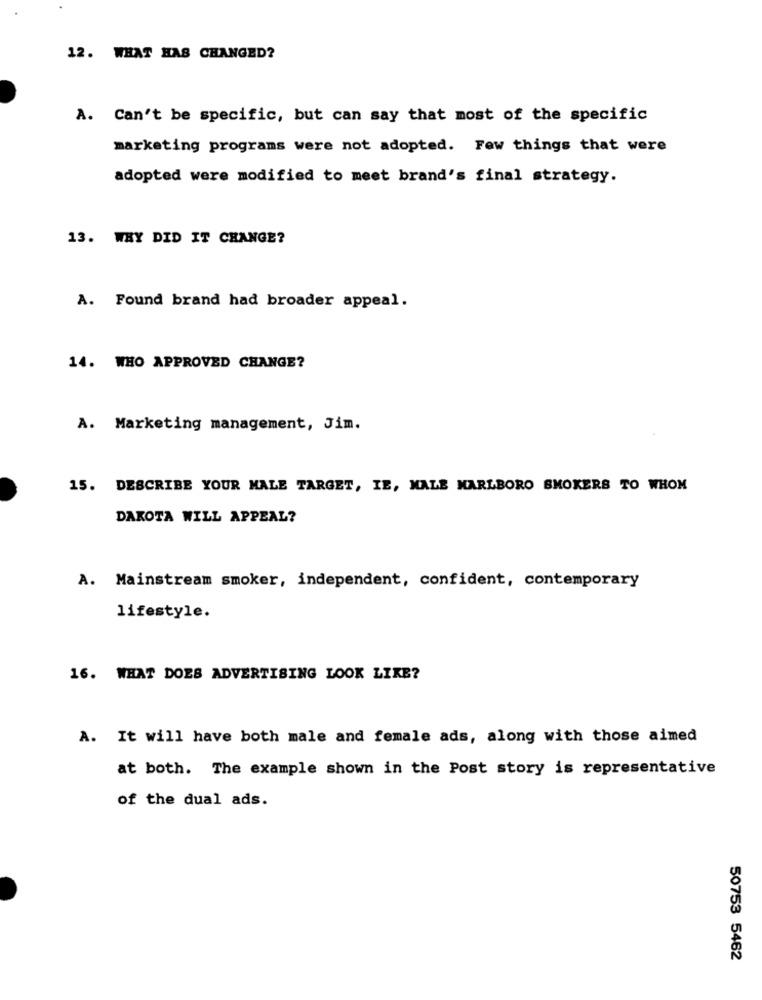
12. WHAT HAS CHANGED?
A. Can't be specific, but can say that most of the specific
marketing programs were not adopted. Few things that were
adopted were modified to meet brand's final strategy.
13. WHY DID IT CHANGE?
A. Found brand had broader appeal.
14. WHO APPROVED CHANGE?
A. Marketing management, Jim.
15. DESCRIBE YOUR MALE TARGET, IE, MALE MARLBORO SMOKERS TO WHOM
DAKOTA WILL APPEAL?
A. Mainstream smoker, independent, confident, contemporary
lifestyle.
16. WHAT DOES ADVERTISING LOOK LIKE?
A. It will have both male and female ads, along with those aimed
at both. The example shown in the Post story is representative
of the dual ads.
50753 5462